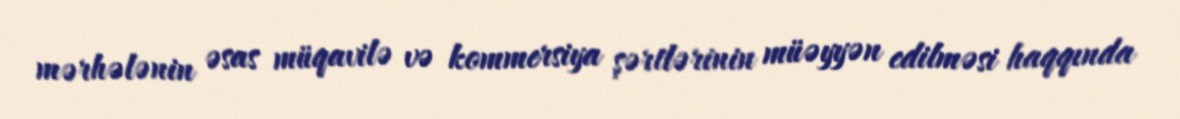
mərhələnin əsas müqavilə və kommersiya şərtlərinin müəyyən edilməsi haqqında